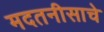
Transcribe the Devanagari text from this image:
मदतनीसाचे